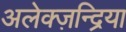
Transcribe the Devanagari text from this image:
अलेक्ज़न्द्रिया